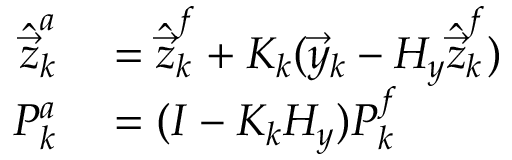
\begin{array} { r l } { \hat { \vec { z } } _ { k } ^ { a } } & { { } = \hat { \vec { z } } _ { k } ^ { f } + K _ { k } ( \vec { y } _ { k } - H _ { y } \hat { \vec { z } } _ { k } ^ { f } ) } \\ { P _ { k } ^ { a } } & { { } = ( I - K _ { k } H _ { y } ) P _ { k } ^ { f } } \end{array}